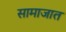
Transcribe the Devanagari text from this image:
सामाजात